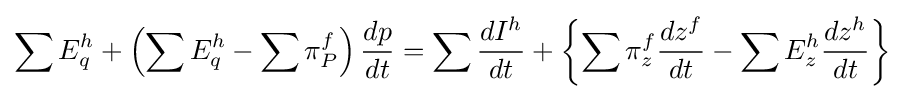
\sum E_{q}^{h}+\left(\sum E_{q}^{h}-\sum \pi _{P}^{f}\right){\frac {dp}{dt}}=\sum {\frac {dI^{h}}{dt}}+\left\{\sum \pi _{z}^{f}{\frac {dz^{f}}{dt}}-\sum E_{z}^{h}{\frac {dz^{h}}{dt}}\right\}